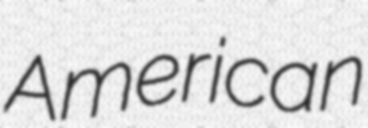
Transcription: American